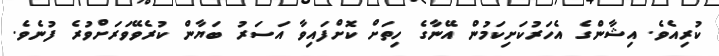
ކުރިއެވެ. އިޝާންގެ އެހަރުކަށިކަމުން އޭނާގެ ހިތަށް ކޮށްފައިވާ އަސަރު ބަޔާން ކުރެވޭވަރަށްވުރެ ފުނެވެ.